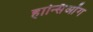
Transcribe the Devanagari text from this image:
हान्सिओंग